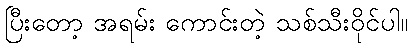
ပြီးတော့ အရမ်း ကောင်းတဲ့ သစ်သီးဝိုင်ပါ။